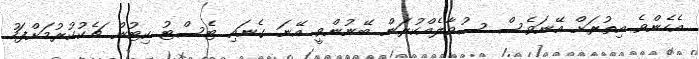
އެހެންވެ އިތުރަށް އޭނަވެސް ސުވާލެއްކުރަން ބޭނުންވީ އޭނަ ގެނައި ޓެސްޓު ކިޓުން ޗެކުކުރުމަށްފަހު